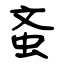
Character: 蚉